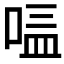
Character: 𱓀